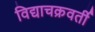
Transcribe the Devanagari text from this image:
विद्याचक्रवर्ती